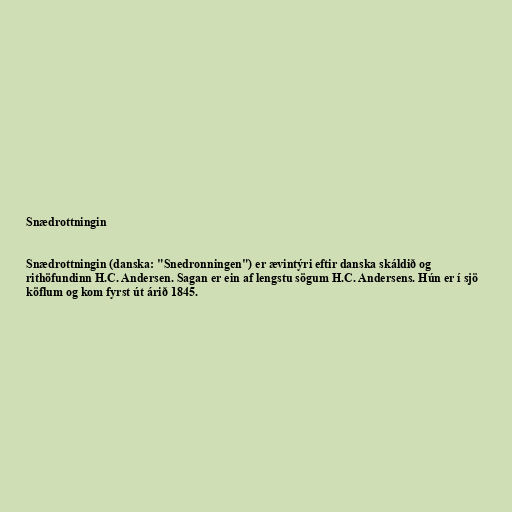
Snædrottningin

Snædrottningin (danska: "Snedronningen") er ævintýri eftir danska skáldið og
rithöfundinn H.C. Andersen. Sagan er ein af lengstu sögum H.C. Andersens. Hún er í sjö
köflum og kom fyrst út árið 1845.